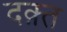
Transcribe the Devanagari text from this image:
दक़्त